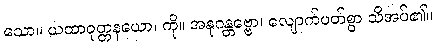
သော။ ယထာဝုတ္တနယော၊ ကို။ အနုဂန္တဗ္ဗော၊ လျောက်ပတ်စွာ သိအပ်၏။